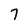
Character: 7